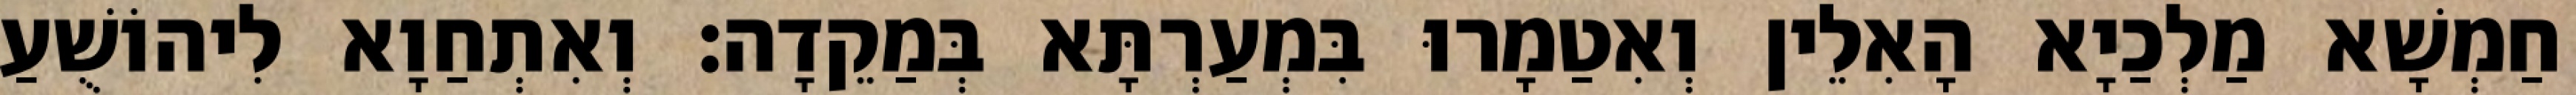
חַמְשָׁא מַלְכַיָא הָאִלֵין וְאִטַמָרוּ בִּמְעַרְתָּא בְּמַקֵדָה׃ וְאִתְחַוָא לִיהוֹשֻׁעַ